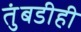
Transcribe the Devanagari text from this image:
तुंबडीही